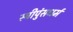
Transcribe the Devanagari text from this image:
स्त्रीपुंसधर्म